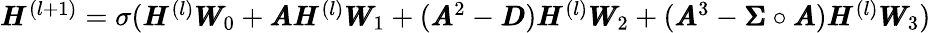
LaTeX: \begin{array}{r}{\pmb{H}^{(l+1)}=\sigma(\pmb{H}^{(l)}\pmb{W}_{0}+\pmb{A}\pmb{H}^{(l)}\pmb{W}_{1}+(\pmb{A}^{2}-\pmb{D})\pmb{H}^{(l)}\pmb{W}_{2}+(\pmb{A}^{3}-\pmb{\Sigma}\circ\pmb{A})\pmb{H}^{(l)}\pmb{W}_{3})}\end{array}